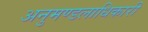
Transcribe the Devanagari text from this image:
अनुमण्डलाधिकारी